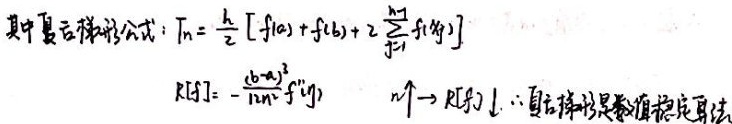
其中复化梯形公式：
\[T_{n}=\frac{h}{2}\left[f(a)+f(b)+2\sum_{j = 1}^{n - 1}f(x_{j})\right]\]
\[R[f]=-\frac{(b - a)^{3}}{12n^{2}}f''(\eta)\]
\(n\uparrow\rightarrow R[f]\downarrow\)
\(\therefore\) 复化梯形是数值稳定算法